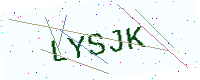
Text: LYSJK